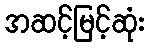
အဆင့်မြင့်ဆုံး